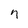
Character: n